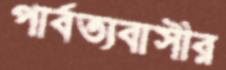
পার্বত্যবাসীর